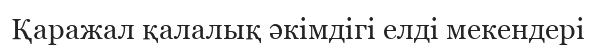
Қаражал қалалық әкімдігі елді мекендері